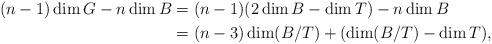
LaTeX: \begin{align*}(n-1) \dim G - n \dim B &= (n-1) (2\dim B -\dim T) - n \dim B\\& = (n-3) \dim (B/T) + (\dim (B/T) - \dim T),\end{align*}